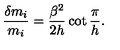
\frac { \delta m _ { i } } { m _ { i } } = \frac { \beta ^ { 2 } } { 2 h } \cot \frac { \pi } { h } .